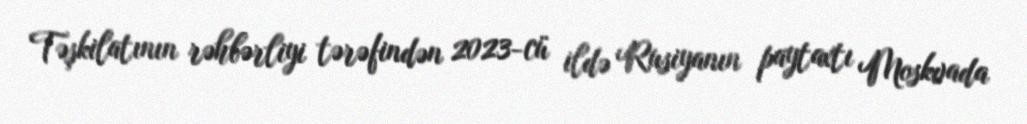
Təşkilatının rəhbərliyi tərəfindən 2023-cü ildə Rusiyanın paytaxtı Moskvada